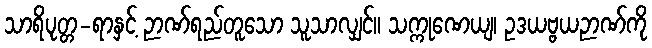
သာရိပုတ္တ-ရာနှင့် ဉာဏ်ရည်တူသော သူသာလျှင်။ သက္ကုဏေယျ၊ ဥဒယဗ္ဗယဉာဏ်ကို